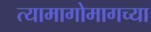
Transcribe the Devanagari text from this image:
त्यामागोमागच्या